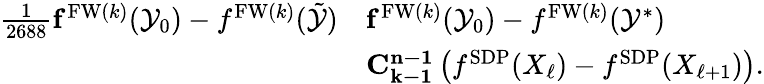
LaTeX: \begin{array}{rl}{\frac{1}{2688}\le f^{\mathrm{FW}(k)}(\mathcal{Y}_{0})-f^{\mathrm{FW}(k)}(\tilde{\mathcal{Y}})}&{\le f^{\mathrm{FW}(k)}(\mathcal{Y}_{0})-f^{\mathrm{FW}(k)}(\mathcal{Y}^{\ast})}\\ &{\le{C_{k-1}^{n-1}}\left(f^{\mathrm{SDP}}(X_{\ell})-f^{\mathrm{SDP}}(X_{\ell+1})\right).}\end{array}